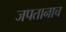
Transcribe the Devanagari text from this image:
जपतानाच